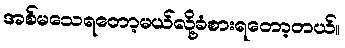
အစ်မသေရတော့မယ်လို့ခံစားရတော့တယ်။